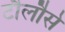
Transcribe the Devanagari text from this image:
टौलौसे